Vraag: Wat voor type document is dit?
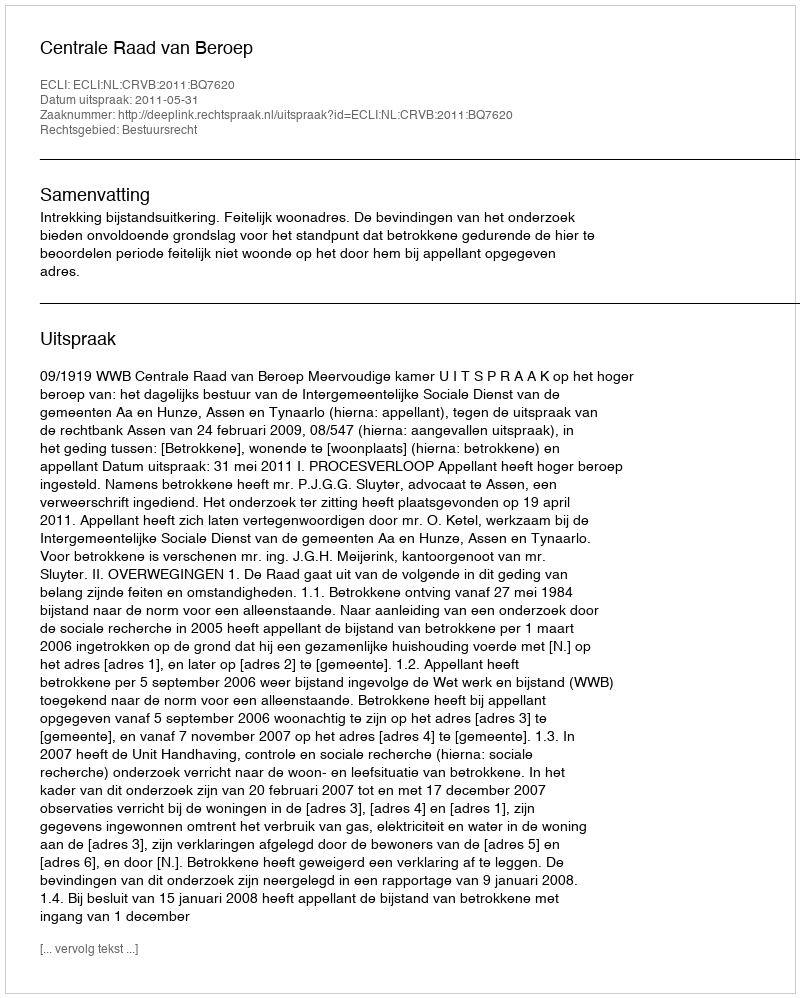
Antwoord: Uitspraak